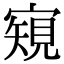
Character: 𡪽